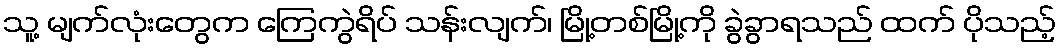
သူ့ မျက်လုံးတွေက ကြေကွဲရိပ် သန်းလျက်၊ မြို့တစ်မြို့ကို ခွဲခွာရသည် ထက် ပိုသည့်